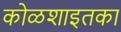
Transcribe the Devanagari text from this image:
कोळशाइतका